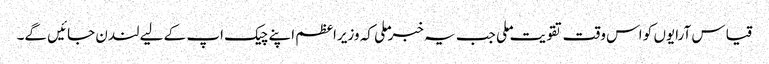
قیاس آرایوں کو اس وقت تقویت ملی جب یہ خبر ملی کہ وزیراعظم اپنے چیک اپ کے لیے لندن جائیں گے۔